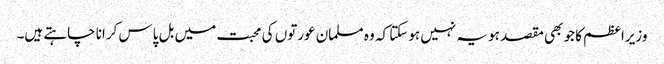
وزیراعظم کا جو بھی مقصد ہو یہ نہیں ہوسکتا کہ وہ مسلمان عورتوں کی محبت میں بل پاس کرانا چاہتے ہیں۔